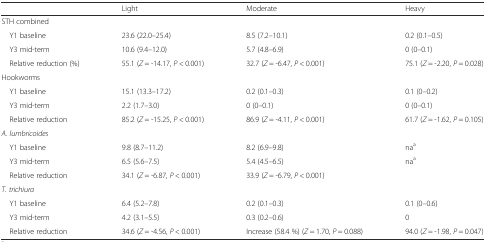
<table><thead><tr><td></td><td><b>Light</b></td><td><b>Moderate</b></td><td><b>Heavy</b></td></tr></thead><tbody><tr><td>STH combined</td><td></td><td></td><td></td></tr><tr><td> Y1 baseline</td><td>23.6 (22.0–25.4)</td><td>8.5 (7.2–10.1)</td><td>0.2 (0.1–0.5)</td></tr><tr><td> Y3 mid-term</td><td>10.6 (9.4–12.0)</td><td>5.7 (4.8–6.9)</td><td>0 (0–0.1)</td></tr><tr><td> Relative reduction (%)</td><td>55.1 (<i>Z</i> = -14.17, <i>P</i> &lt; 0.001)</td><td>32.7 (<i>Z</i> = -6.47, <i>P</i> &lt; 0.001)</td><td>75.1 (<i>Z</i> = -2.20, <i>P</i> = 0.028)</td></tr><tr><td>Hookworms</td><td></td><td></td><td></td></tr><tr><td> Y1 baseline</td><td>15.1 (13.3–17.2)</td><td>0.2 (0.1–0.3)</td><td>0.1 (0–0.2)</td></tr><tr><td> Y3 mid-term</td><td>2.2 (1.7–3.0)</td><td>0 (0–0.1)</td><td>0 (0–0.1)</td></tr><tr><td> Relative reduction</td><td>85.2 (<i>Z</i> = -15.25, <i>P</i> &lt; 0.001)</td><td>86.9 (<i>Z</i> = -4.11, <i>P</i> &lt; 0.001)</td><td>61.7 (<i>Z</i> = -1.62, <i>P</i> = 0.105)</td></tr><tr><td><i>A. lumbricoides</i></td><td></td><td></td><td></td></tr><tr><td> Y1 baseline</td><td>9.8 (8.7–11.2)</td><td>8.2 (6.9–9.8)</td><td>na<sup>a</sup></td></tr><tr><td> Y3 mid-term</td><td>6.5 (5.6–7.5)</td><td>5.4 (4.5–6.5)</td><td>na<sup>a</sup></td></tr><tr><td> Relative reduction</td><td>34.1 (<i>Z</i> = -6.87, <i>P</i> &lt; 0.001)</td><td>33.9 (<i>Z</i> = -6.79, <i>P</i> &lt; 0.001)</td><td></td></tr><tr><td><i>T. trichiura</i></td><td></td><td></td><td></td></tr><tr><td> Y1 baseline</td><td>6.4 (5.2–7.8)</td><td>0.2 (0.1–0.3)</td><td>0.1 (0–0.6)</td></tr><tr><td> Y3 mid-term</td><td>4.2 (3.1–5.5)</td><td>0.3 (0.2–0.6)</td><td>0</td></tr><tr><td> Relative reduction</td><td>34.6 (<i>Z</i> = -4.56, <i>P</i> &lt; 0.001)</td><td>Increase (58.4 %) (<i>Z</i> = 1.70, <i>P</i> = 0.088)</td><td>94.0 (<i>Z</i> = -1.98, <i>P</i> = 0.047)</td></tr></tbody></table>